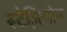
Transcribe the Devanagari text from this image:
स्टेज़ियोन